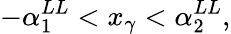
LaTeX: -\alpha_{1}^{LL}<x_{\gamma}<\alpha_{2}^{LL},